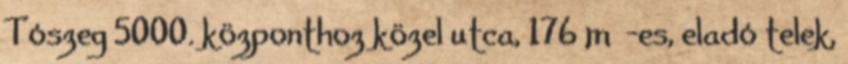
Tószeg 5000. központhoz közel utca, 176 m²-es, eladó telek,